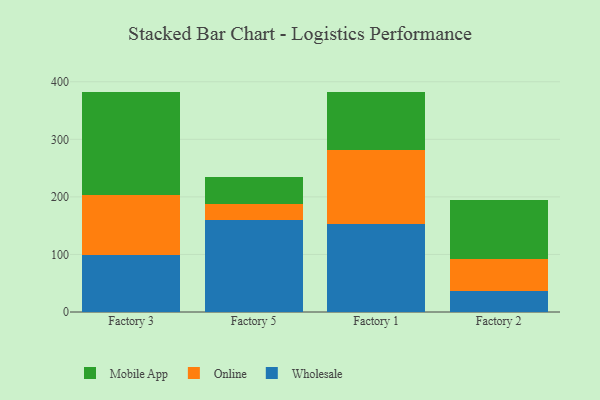
{"axis": {"x": "Factory", "y": "Production Output"}, "legend": ["Mobile App", "Online", "Wholesale"], "data": [{"x": "Factory 3", "y": 99.4, "type": "Wholesale"}, {"x": "Factory 3", "y": 104.1, "type": "Online"}, {"x": "Factory 3", "y": 179.4, "type": "Mobile App"}, {"x": "Factory 5", "y": 159.3, "type": "Wholesale"}, {"x": "Factory 5", "y": 28.5, "type": "Online"}, {"x": "Factory 5", "y": 46.0, "type": "Mobile App"}, {"x": "Factory 1", "y": 152.6, "type": "Wholesale"}, {"x": "Factory 1", "y": 129.5, "type": "Online"}, {"x": "Factory 1", "y": 100.0, "type": "Mobile App"}, {"x": "Factory 2", "y": 36.0, "type": "Wholesale"}, {"x": "Factory 2", "y": 56.6, "type": "Online"}, {"x": "Factory 2", "y": 101.9, "type": "Mobile App"}]}